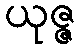
ယုဇ္ဇ